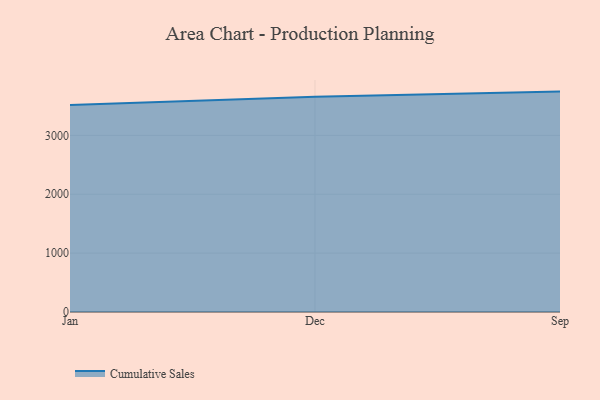
{"axis": {"x": "Month", "y": "Headcount"}, "legend": ["Cumulative Sales"], "data": [{"x": "Jan", "y": 3516.9, "type": "Cumulative Sales"}, {"x": "Dec", "y": 3658.2, "type": "Cumulative Sales"}, {"x": "Sep", "y": 3744.5, "type": "Cumulative Sales"}]}